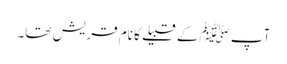
آپ ﷺکے قبیلے کا نام قریش تھا۔